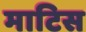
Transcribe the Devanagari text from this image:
माटिस